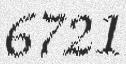
6721